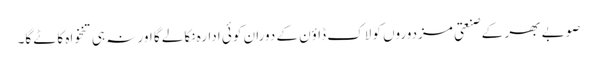
صوبے بھر کے صنعتی مزدوروں کو لاک ڈاؤن کے دوران کوئی ادارہ نکالے گا اور نہ ہی تنخواہ کاٹے گا۔